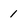
Character: 1